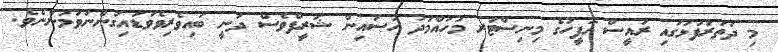
މި ދަތުރުފުޅުގައި ރައީސް އޮފީހުގެ މިނިސްޓަރ މުހައްމަދު ހުސައިން ޝަރީފްވެސް ދަނީ ބައިވެރިވެވަޑައިގަންނަވަމުންނެވެ.